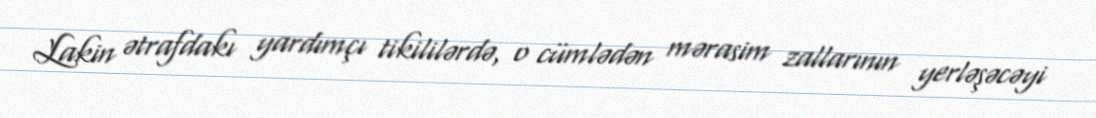
Lakin ətrafdakı yardımçı tikililərdə, o cümlədən mərasim zallarının yerləşəcəyi